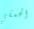
الحمقي